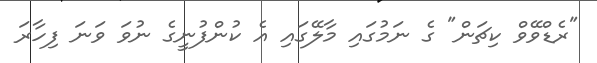
"ރެޑްވޭވް ކިޗަން" ގެ ނަމުގައި މާލޭގައި އެ ކުންފުނީގެ ނުވަ ވަނަ ފިހާރަ